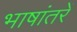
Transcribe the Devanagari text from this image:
भाषांतरें